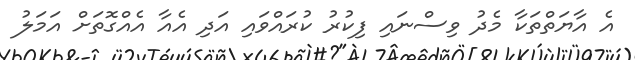
އެ އާޔަތްތަކާ މެދު ވިސްނައި ފިކުރު ކުރައްވައި އަދި އެއާ އެއްގޮތަށް އަމަލު